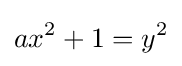
ax^{2}+1=y^{2}